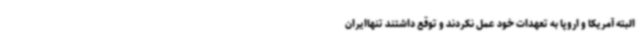
البته آمریکا و اروپا به تعهدات خود عمل نکردند و توقع داشتند تنهاایران